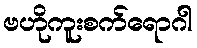
ဗဟိုကူးစက်ရောဂါ